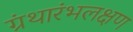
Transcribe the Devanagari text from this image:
ग्रंथारंभलक्षण